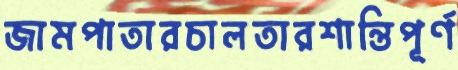
জামপাতারচালতারশান্তিপূর্ণ